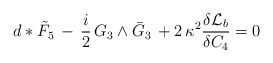
\begin{align*}d*\tilde{F}_5\, - \,\frac{i}{2}\, G_3 \wedge \bar{G}_3\, + 2 \,\kappa^2 \frac{\delta {\cal L}_b}{\delta C_4}=0\end{align*}